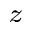
_ { z }